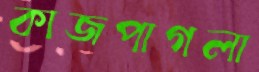
কাজপাগলা